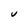
Character: V